Problem: 7 × 2 = ?
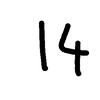
Handwritten answer: 14